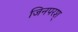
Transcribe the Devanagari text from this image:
जिनपरश्